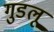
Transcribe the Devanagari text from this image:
गुडलू